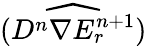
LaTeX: \widehat{(D^{n}\nabla E_{r}^{n+1})}